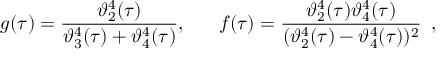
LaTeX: g ( \tau ) = \frac { \vartheta _ { 2 } ^ { 4 } ( \tau ) } { \vartheta _ { 3 } ^ { 4 } ( \tau ) + \vartheta _ { 4 } ^ { 4 } ( \tau ) } , ~ ~ ~ ~ ~ f ( \tau ) = \frac { \vartheta _ { 2 } ^ { 4 } ( \tau ) \vartheta _ { 4 } ^ { 4 } ( \tau ) } { ( \vartheta _ { 2 } ^ { 4 } ( \tau ) - \vartheta _ { 4 } ^ { 4 } ( \tau ) ) ^ { 2 } } ~ \, ,